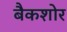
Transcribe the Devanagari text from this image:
बैकशोर